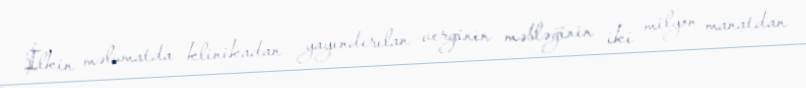
İlkin məlumatda klinikadan yayındırılan verginin məbləğinin iki milyon manatdan